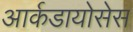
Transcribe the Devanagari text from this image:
आर्कडायोसेस